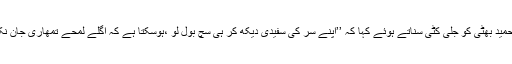
طور سینا نامی صارف نے عارف حمید بھٹی کو جلی کٹی سناتے ہوئے کہا کہ ’’اپنے سر کی سفیدی دیکھ کر ہی سچ بول لو ،ہوسکتا ہے کہ اگلے لمحے تمھاری جان نکل جائے تو کیا جھوٹے مرو گے‘‘۔